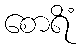
စောရိံ